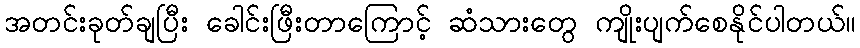
အတင်းခုတ်ချပြီး ခေါင်းဖြီးတာကြောင့် ဆံသားတွေ ကျိုးပျက်စေနိုင်ပါတယ်။